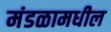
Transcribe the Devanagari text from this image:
मंडळामधील